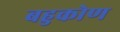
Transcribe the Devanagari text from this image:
बहुकोण